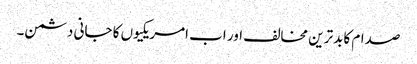
صدام کا بدترین مخالف اور اب امریکیوں کا جانی دشمن۔